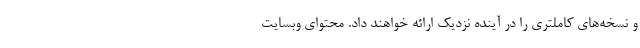
و نسخه‌های کاملتری را در آینده نزدیک ارائه خواهند داد. محتوای وبسایت